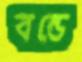
বন্ডে